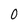
Character: 0